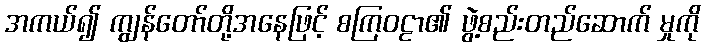
အကယ်၍ ကျွန်တော်တို့အနေဖြင့် စကြဝဠာ၏ ဖွဲ့စည်းတည်ဆောက် မှုကို